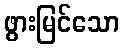
ဖွားမြင်သော